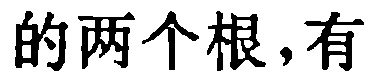
的两个根,有